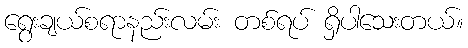
ရွေးချယ်စရာနည်းလမ်း တစ်ရပ် ရှိပါသေးတယ်။